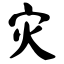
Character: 灾